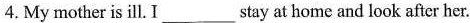
4. My mother is ill. I___stay at home and look after her.